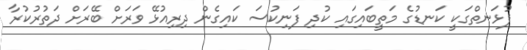
ފުޅަނތްގަކީ ކަނޑުގެ މަތީބައިގައި ކުދި ފަނިކުސަ ކައިގެން ދިރިއުޅޭ ވަރަށް ބޭރަށް ދަތުރުކުރާ